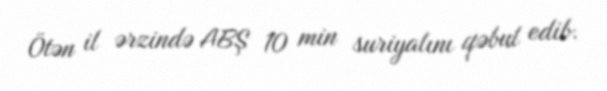
Ötən il ərzində ABŞ 10 min suriyalını qəbul edib.